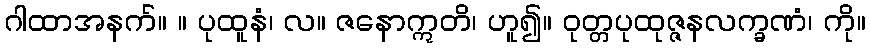
ဂါထာအနက်။ ။ ပုထူနံ၊ လ။ ဇနောဣတိ၊ ဟူ၍။ ဝုတ္တပုထုဇ္ဇနလက္ခဏံ၊ ကို။